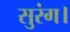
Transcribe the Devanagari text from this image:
सुरंग।